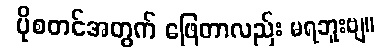
ပိုစတင်အတွက် ဖြေတာလည်း မရဘူးဗျ။